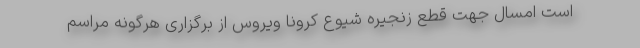
است امسال جهت قطع زنجیره شیوع کرونا ویروس از برگزاری هرگونه مراسم